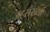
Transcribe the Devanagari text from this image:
जहसंख्या